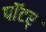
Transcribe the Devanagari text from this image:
पॉटर्